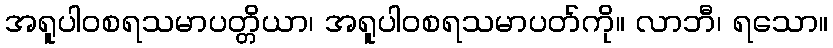
အရူပါဝစရသမာပတ္တိယာ၊ အရူပါဝစရသမာပတ်ကို။ လာဘီ၊ ရသော။